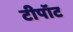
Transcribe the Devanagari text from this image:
टीपॉट